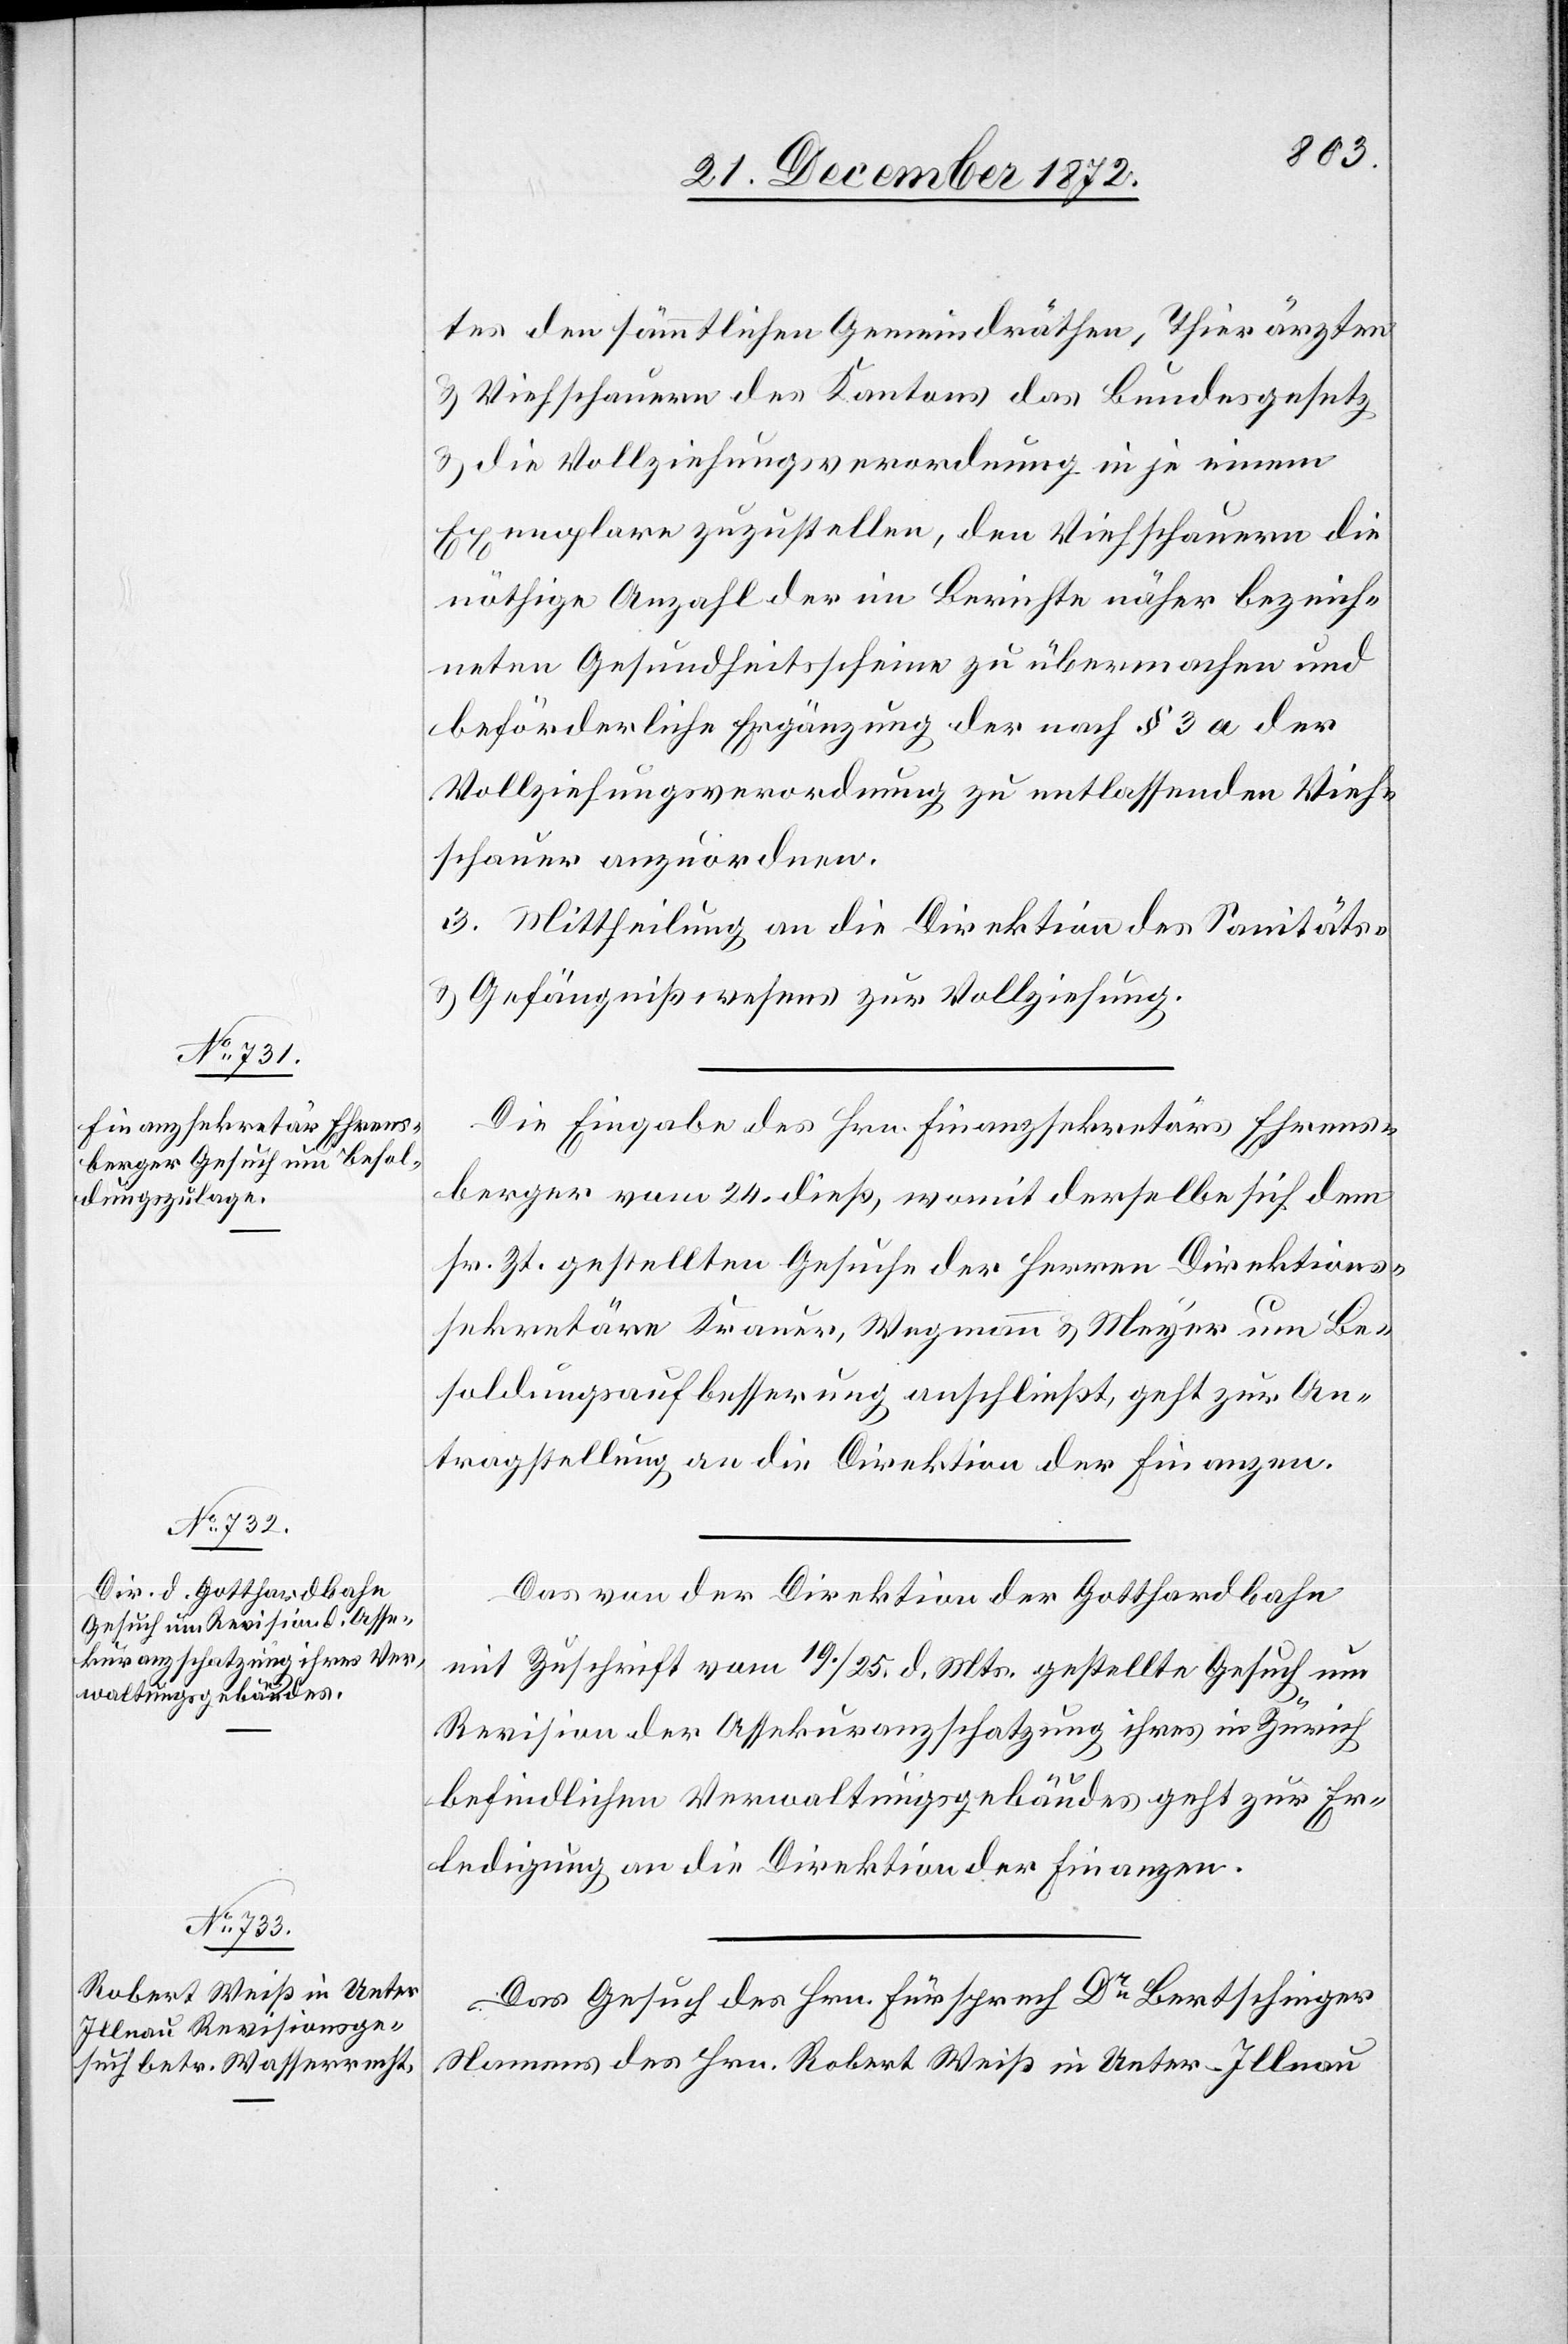
27. December 1872.]
tes den sämmtlichen Gemeindräthen, Thierärzten
u. Viehschauern des Kantons das Bundesgesetz
u. die Vollziehungsverordnung in je einem
Exemplare zuzustellen, den Viehschauern die
nöthige Anzahl der im Berichte näher bezeich¬
neten Gesundheitsscheine zu übermachen und
beförderliche Ergänzung der nach § 3 a der
Vollziehungsverordnung zu entlassenden Vieh¬
schauer anzuordnen.
3. Mittheilung an die Direktion des Sanitäts-
u. Gefängnißwesens zur Vollziehung.
Die Eingabe des Hrn. Finanzsekretärs Ehrens¬
berger vom 24. dieß, womit derselbe sich dem
sr. Zt. gestellten Gesuche der Herren Direktions¬
sekretäre Krauer, Wegmann u. Meyer um Be¬
soldungsaufbesserung anschließt, geht zur An¬
tragstellung an die Direktion der Finanzen.
Das von der Direktion der Gotthardbahn
mit Zuschrift vom 19./25. d. Mts. gestellte Gesuch um
Revision der Assekuranzschatzung ihres in Zürich
befindlichen Verwaltungsgebäudes geht zur Er¬
ledigung an die Direktion der Finanzen.
Das Gesuch des Hrn. Fürsprech Dr Bertschinger
Namens des Hrn. Robert Weiß in Unter-Illnau